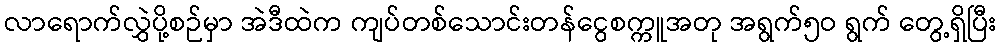
လာရောက်လွှဲပို့စဉ်မှာ အဲဒီထဲက ကျပ်တစ်သောင်းတန်ငွေစက္ကူအတု အရွက်၅ဝ ရွက် တွေ့ရှိပြီး